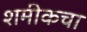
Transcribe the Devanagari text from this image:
शमीकचा